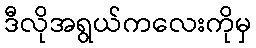
ဒီလိုအရွယ်ကလေးကိုမှ